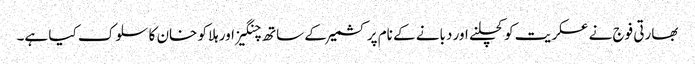
بھارتی فوج نے عسکریت کو کچلنے اور دبانے کے نام پر کشمیر کے ساتھ چنگیز اور ہلاکو خان کا سلوک کیا ہے۔